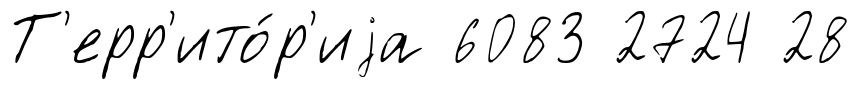
Т'ерр'ито́р'иjа 6083 2724 28